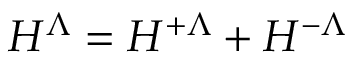
H ^ { \Lambda } = H ^ { + \Lambda } + H ^ { - \Lambda }